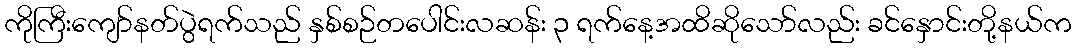
ကိုကြီးကျော်နတ်ပွဲရက်သည် နှစ်စဉ်တပေါင်းလဆန်း ၃ ရက်နေ့အထိဆိုသော်လည်း ခင်နှောင်းတို့နယ်က